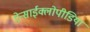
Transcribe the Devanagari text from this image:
ऐन्साईक्लोपीडिया